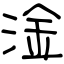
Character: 淦